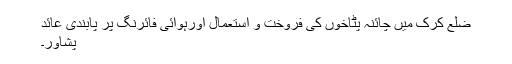
ضلع کرک میں چائنہ پٹاخوں کی فروخت و استعمال اورہوائی فائرنگ پر پابندی عائد
پشاور۔